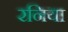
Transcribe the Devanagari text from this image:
रनिया